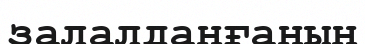
залалданғанын